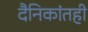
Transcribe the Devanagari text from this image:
दैनिकांतही